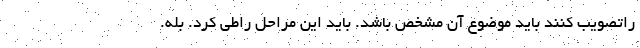
راتصویب کنند باید موضوع آن مشخص باشد. باید این مراحل راطی کرد. بله.